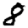
Digit: 8